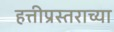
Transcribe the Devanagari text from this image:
हत्तीप्रस्तराच्या